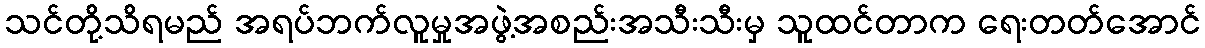
သင်တို့သိရမည် အရပ်ဘက်လူမှုအဖွဲ့အစည်းအသီးသီးမှ သူထင်တာက ရေးတတ်အောင်